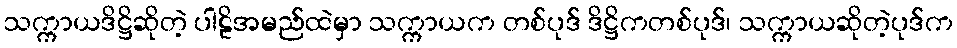
သက္ကာယဒိဋ္ဌိဆိုတဲ့ ပါဠိအမည်ထဲမှာ သက္ကာယက တစ်ပုဒ် ဒိဋ္ဌိကတစ်ပုဒ်၊ သက္ကာယဆိုတဲ့ပုဒ်က